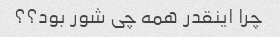
چرا اینقدر همه چی شور بود؟؟